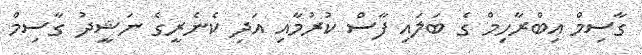
ގާސިމް އިބްރާހިމް ގެ ބަލައި ފާސް ކުރުމާއި އަދި ކެނެރީގެ ނަޝީދު ގާސިމް